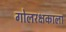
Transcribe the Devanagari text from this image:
गोलरक्षकाला